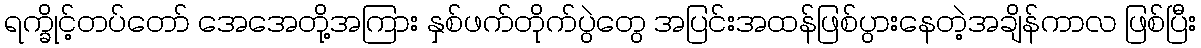
ရက္ခိုင့်တပ်တော် အေအေတို့အကြား နှစ်ဖက်တိုက်ပွဲတွေ အပြင်းအထန်ဖြစ်ပွားနေတဲ့အချိန်ကာလ ဖြစ်ပြီး